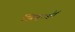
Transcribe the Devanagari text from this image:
जिन््हों